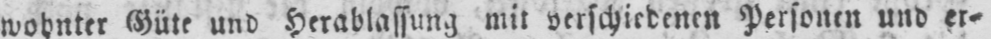
wohnter Güte und Herablassung mit verschiedenen Personen und er⸗